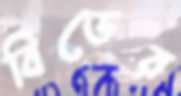
বিডের